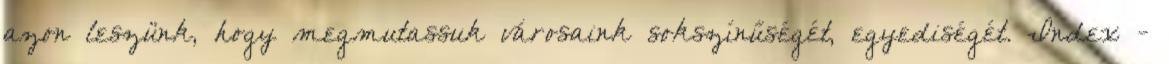
azon leszünk, hogy megmutassuk városaink sokszínűségét, egyediségét. Index -